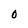
Character: O